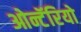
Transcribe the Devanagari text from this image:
ओन्टॅरियो